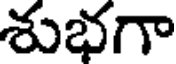
శుభగా